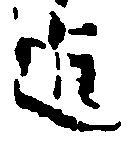
進